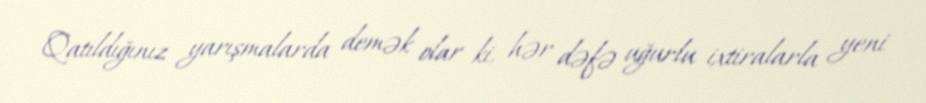
Qatıldığınız yarışmalarda demək olar ki, hər dəfə uğurlu ixtiralarla yeni